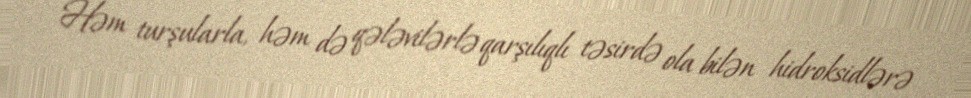
Həm turşularla, həm də qələvilərlə qarşılıqlı təsirdə ola bilən hidroksidlərə